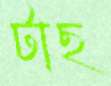
টাছ